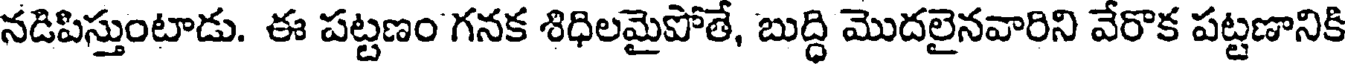
నడిపిస్తుంటాడు. ఈ పట్టణం గనక శిధిలమైపోతే, బుద్ధి మొదలైనవారిని వేరొక పట్టణానికి